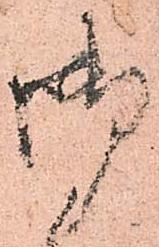
御